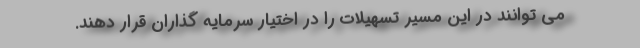
می توانند در این مسیر تسهیلات را در اختیار سرمایه گذاران قرار دهند.